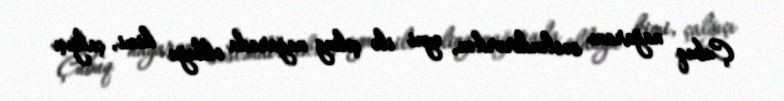
Çubuq nağaranı səsləndirərkən, eyni ilə çiling nağarada olduğu kimi, çalğıçı